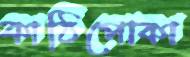
কাঠিপোকা